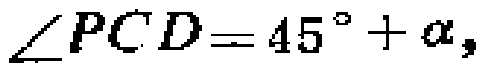
\(\angle PCD = 45^{\circ}+\alpha,\)